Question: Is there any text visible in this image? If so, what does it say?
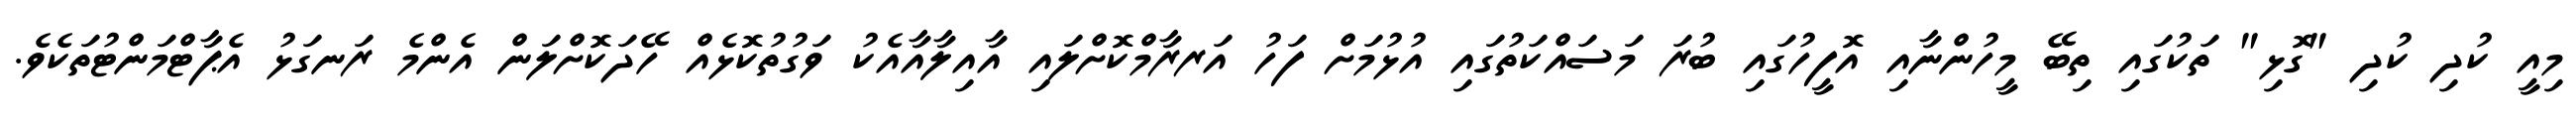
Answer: މިއީ ކުދި ކުދި "ގޮޅި" ތަކުގައި ތިބޭ މީހުންނާއި އޮފީހުގައި ބުރަ މަސައްކަތުގައި އުޅުމަށް ފަހު އަރރާމްކޮށްލައި އާއިލާއާއެކު ވަގުތުކޮޅެއް ހޭދަކޮށްލަން އެންމެ ރަނގަޅު އެޕާޓްމަންޓުތަކެވެ.